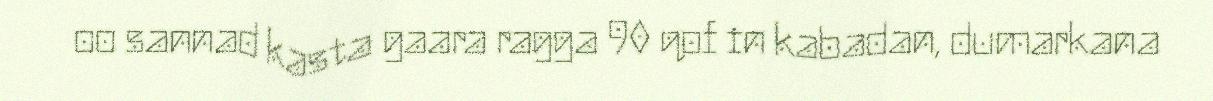
oo sannad kasta gaara ragga 90 qof in kabadan, dumarkana